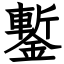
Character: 鏨